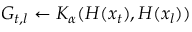
G _ { t , l } \gets K _ { \alpha } ( H ( x _ { t } ) , H ( x _ { l } ) )